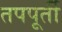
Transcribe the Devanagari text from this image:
तपपूर्ती